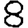
Digit: 8